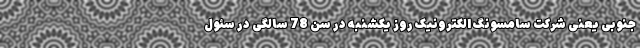
جنوبی یعنی شرکت سامسونگ الکترونیک روز یکشنبه در سن 78 سالگی در سئول